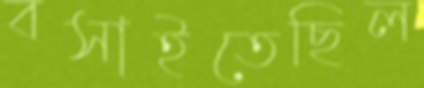
বসাইতেছিল